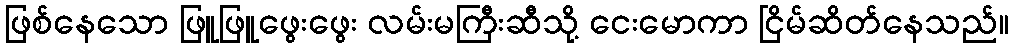
ဖြစ်နေသော ဖြူဖြူဖွေးဖွေး လမ်းမကြီးဆီသို့ ငေးမောကာ ငြိမ်ဆိတ်နေသည်။